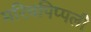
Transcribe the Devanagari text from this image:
मरिचपिप्पली